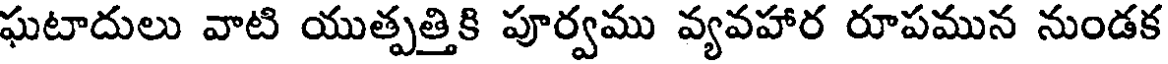
ఘటాదులు వాటి యుత్పత్తికి పూర్వము వ్యవహార రూపమున నుండక